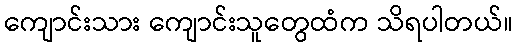
ကျောင်းသား ကျောင်းသူတွေထံက သိရပါတယ်။